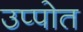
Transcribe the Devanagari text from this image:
उप्पोत